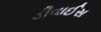
ડીવાઈસ